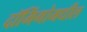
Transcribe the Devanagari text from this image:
दॉमिंगोमधील